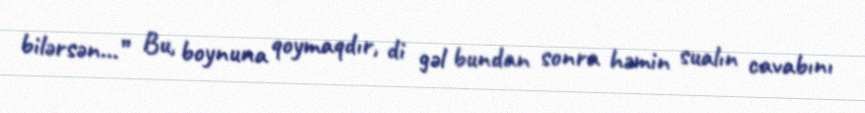
bilərsən...” Bu, boynuna qoymaqdır, di gəl bundan sonra həmin sualın cavabını